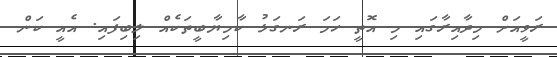
ރަވީއަށް މިދާއިރާގައި މި އޮތީ ހަމަ ރަނގަޅު ކާމިޔާބީތަކެއް ލިބިފައި. އެއީ ކަން